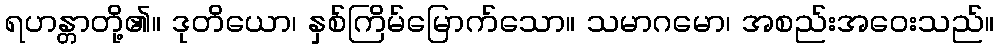
ရဟန္တာတို့၏။ ဒုတိယော၊ နှစ်ကြိမ်မြောက်သော။ သမာဂမော၊ အစည်းအဝေးသည်။